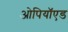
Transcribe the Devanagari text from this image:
ओपियॉएड